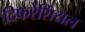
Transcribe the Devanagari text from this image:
दिफरेंशियल